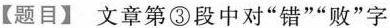
【题目】文章第③段中对”错””败”字